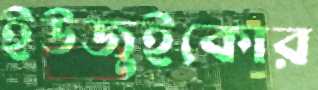
ইউজুইকোর